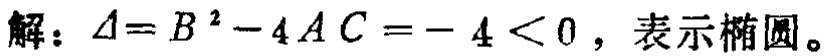
解：$\Delta = B^{2}-4AC=-4<0$，表示椭圆。